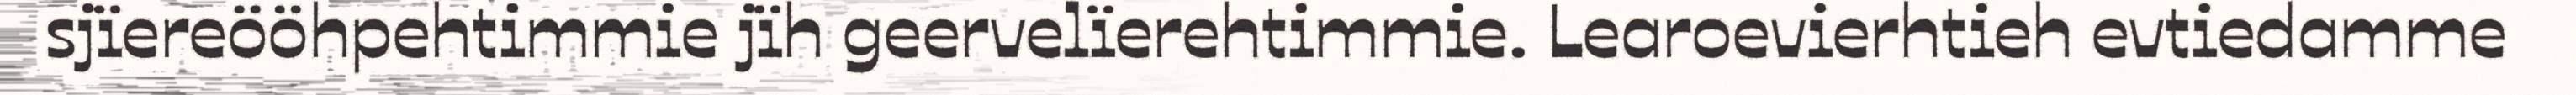
sjïereööhpehtimmie jïh geervelïerehtimmie. Learoevierhtieh evtiedamme